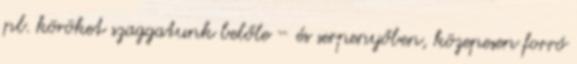
pl. köröket szaggatunk belőle – és serpenyőben, közepesen forró